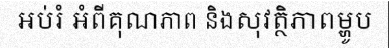
អប់រំ អំពីគុណភាព និងសុវត្ថិភាពម្ហូប